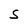
Character: S